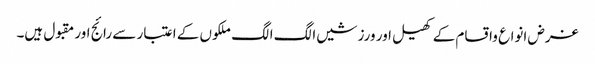
غرض انواع واقسام کے کھیل اور ورزشیں الگ الگ ملکوں کے اعتبار سے رائج اور مقبول ہیں۔